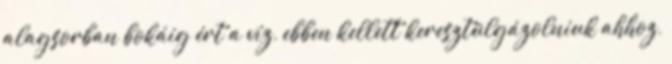
alagsorban bokáig ért a víz, ebben kellett keresztülgázolniuk ahhoz,